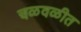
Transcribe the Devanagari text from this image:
चळवळीत